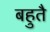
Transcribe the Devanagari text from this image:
बहुतै